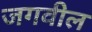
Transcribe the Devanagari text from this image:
जगवील